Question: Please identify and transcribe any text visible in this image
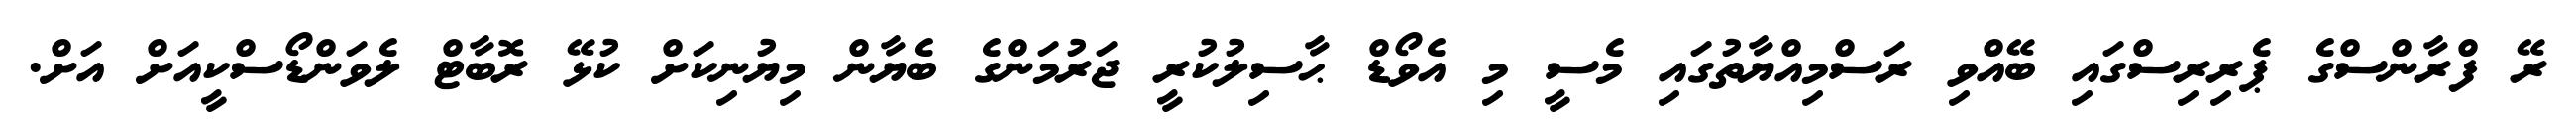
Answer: ރޭ ފްރާންސްގެ ޕެރިރިސްގައި ބޭއްވި ރަސްމިއްޔާތުގައި މެސީ މި އެވޯޑް ޙާސިލުކުރީ ޖަރުމަންގެ ބެޔާން މިޔުނިކަށް ކުޅޭ ރޮބާޓް ލެވަންޑޯސްކީއަށް އަށް.